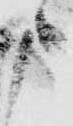
申